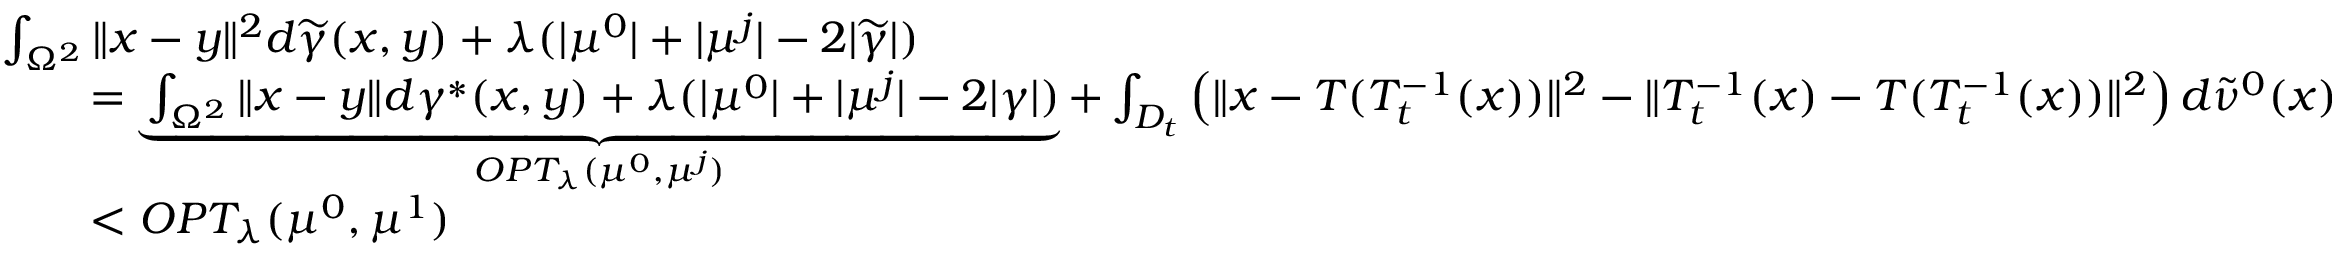
\begin{array} { r l } & { \int _ { \Omega ^ { 2 } } \| x - y \| ^ { 2 } d \widetilde { \gamma } ( x , y ) + \lambda ( | \mu ^ { 0 } | + | \mu ^ { j } | - 2 | \widetilde { \gamma } | ) } \\ & { \qquad = \underbrace { \int _ { \Omega ^ { 2 } } \| x - y \| d \gamma ^ { * } ( x , y ) + \lambda ( | \mu ^ { 0 } | + | \mu ^ { j } | - 2 | \gamma | ) } _ { O P T _ { \lambda } ( \mu ^ { 0 } , \mu ^ { j } ) } + \int _ { D _ { t } } \left( \| x - T ( T _ { t } ^ { - 1 } ( x ) ) \| ^ { 2 } - \| T _ { t } ^ { - 1 } ( x ) - T ( T _ { t } ^ { - 1 } ( x ) ) \| ^ { 2 } \right) d \widetilde { \nu } ^ { 0 } ( x ) } \\ & { \qquad < O P T _ { \lambda } ( \mu ^ { 0 } , \mu ^ { 1 } ) } \end{array}